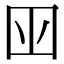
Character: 𡆧